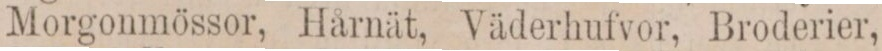
Morgonmössor, Hårnät, Väderhufvor, Broderier,